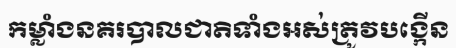
កម្លាំងនគរបាលជាតិទាំងអស់ត្រូវបង្កើន